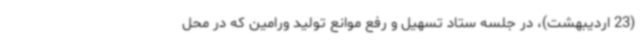
(23 اردیبهشت)، در جلسه ستاد تسهیل و رفع موانع تولید ورامین که در محل